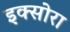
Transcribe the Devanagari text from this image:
इक्सोरा